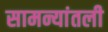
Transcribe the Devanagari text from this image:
सामन्यांतली